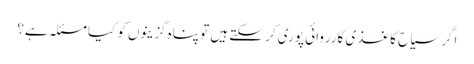
اگر سیاح کاغذی کارروائی پوری کر سکتے ہیں تو پناہ گزینوں کو کیا مسئلہ ہے؟